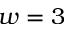
w = 3